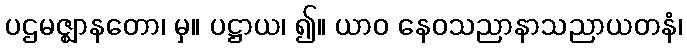
ပဌမဇ္ဈာနတော၊ မှ။ ပဋ္ဌာယ၊ ၍။ ယာဝ နေဝသညာနာသညာယတနံ၊